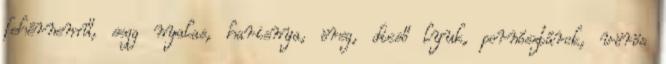
fehérnemű, segg nyalas, harisnya, öreg, dicső lyuk, pornósztárok, vörös